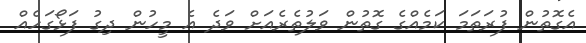
އެގޮތުން ފުރަތަމަ ކަމެއްގެ ގޮތުން ވަލުތެރެއަށް ވަދެ އެ މީހުން ދިގު ފަޅޯގަހެއް